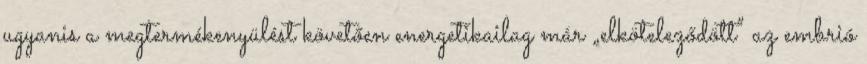
ugyanis a megtermékenyülést követően energetikailag már „elköteleződött” az embrió